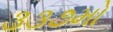
૩૩૭મો